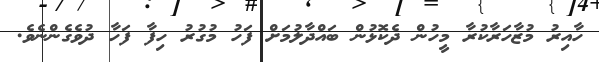
ހާއިރު މުޒާހަރާކުރާ މީހުން ދެކޮޅުން ބައްދާލުމަށް ފަހު މުގުރު ހިފާ ފަހާ ދުވެގެންނެވެ.